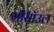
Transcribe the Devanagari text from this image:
मॉसॉउल